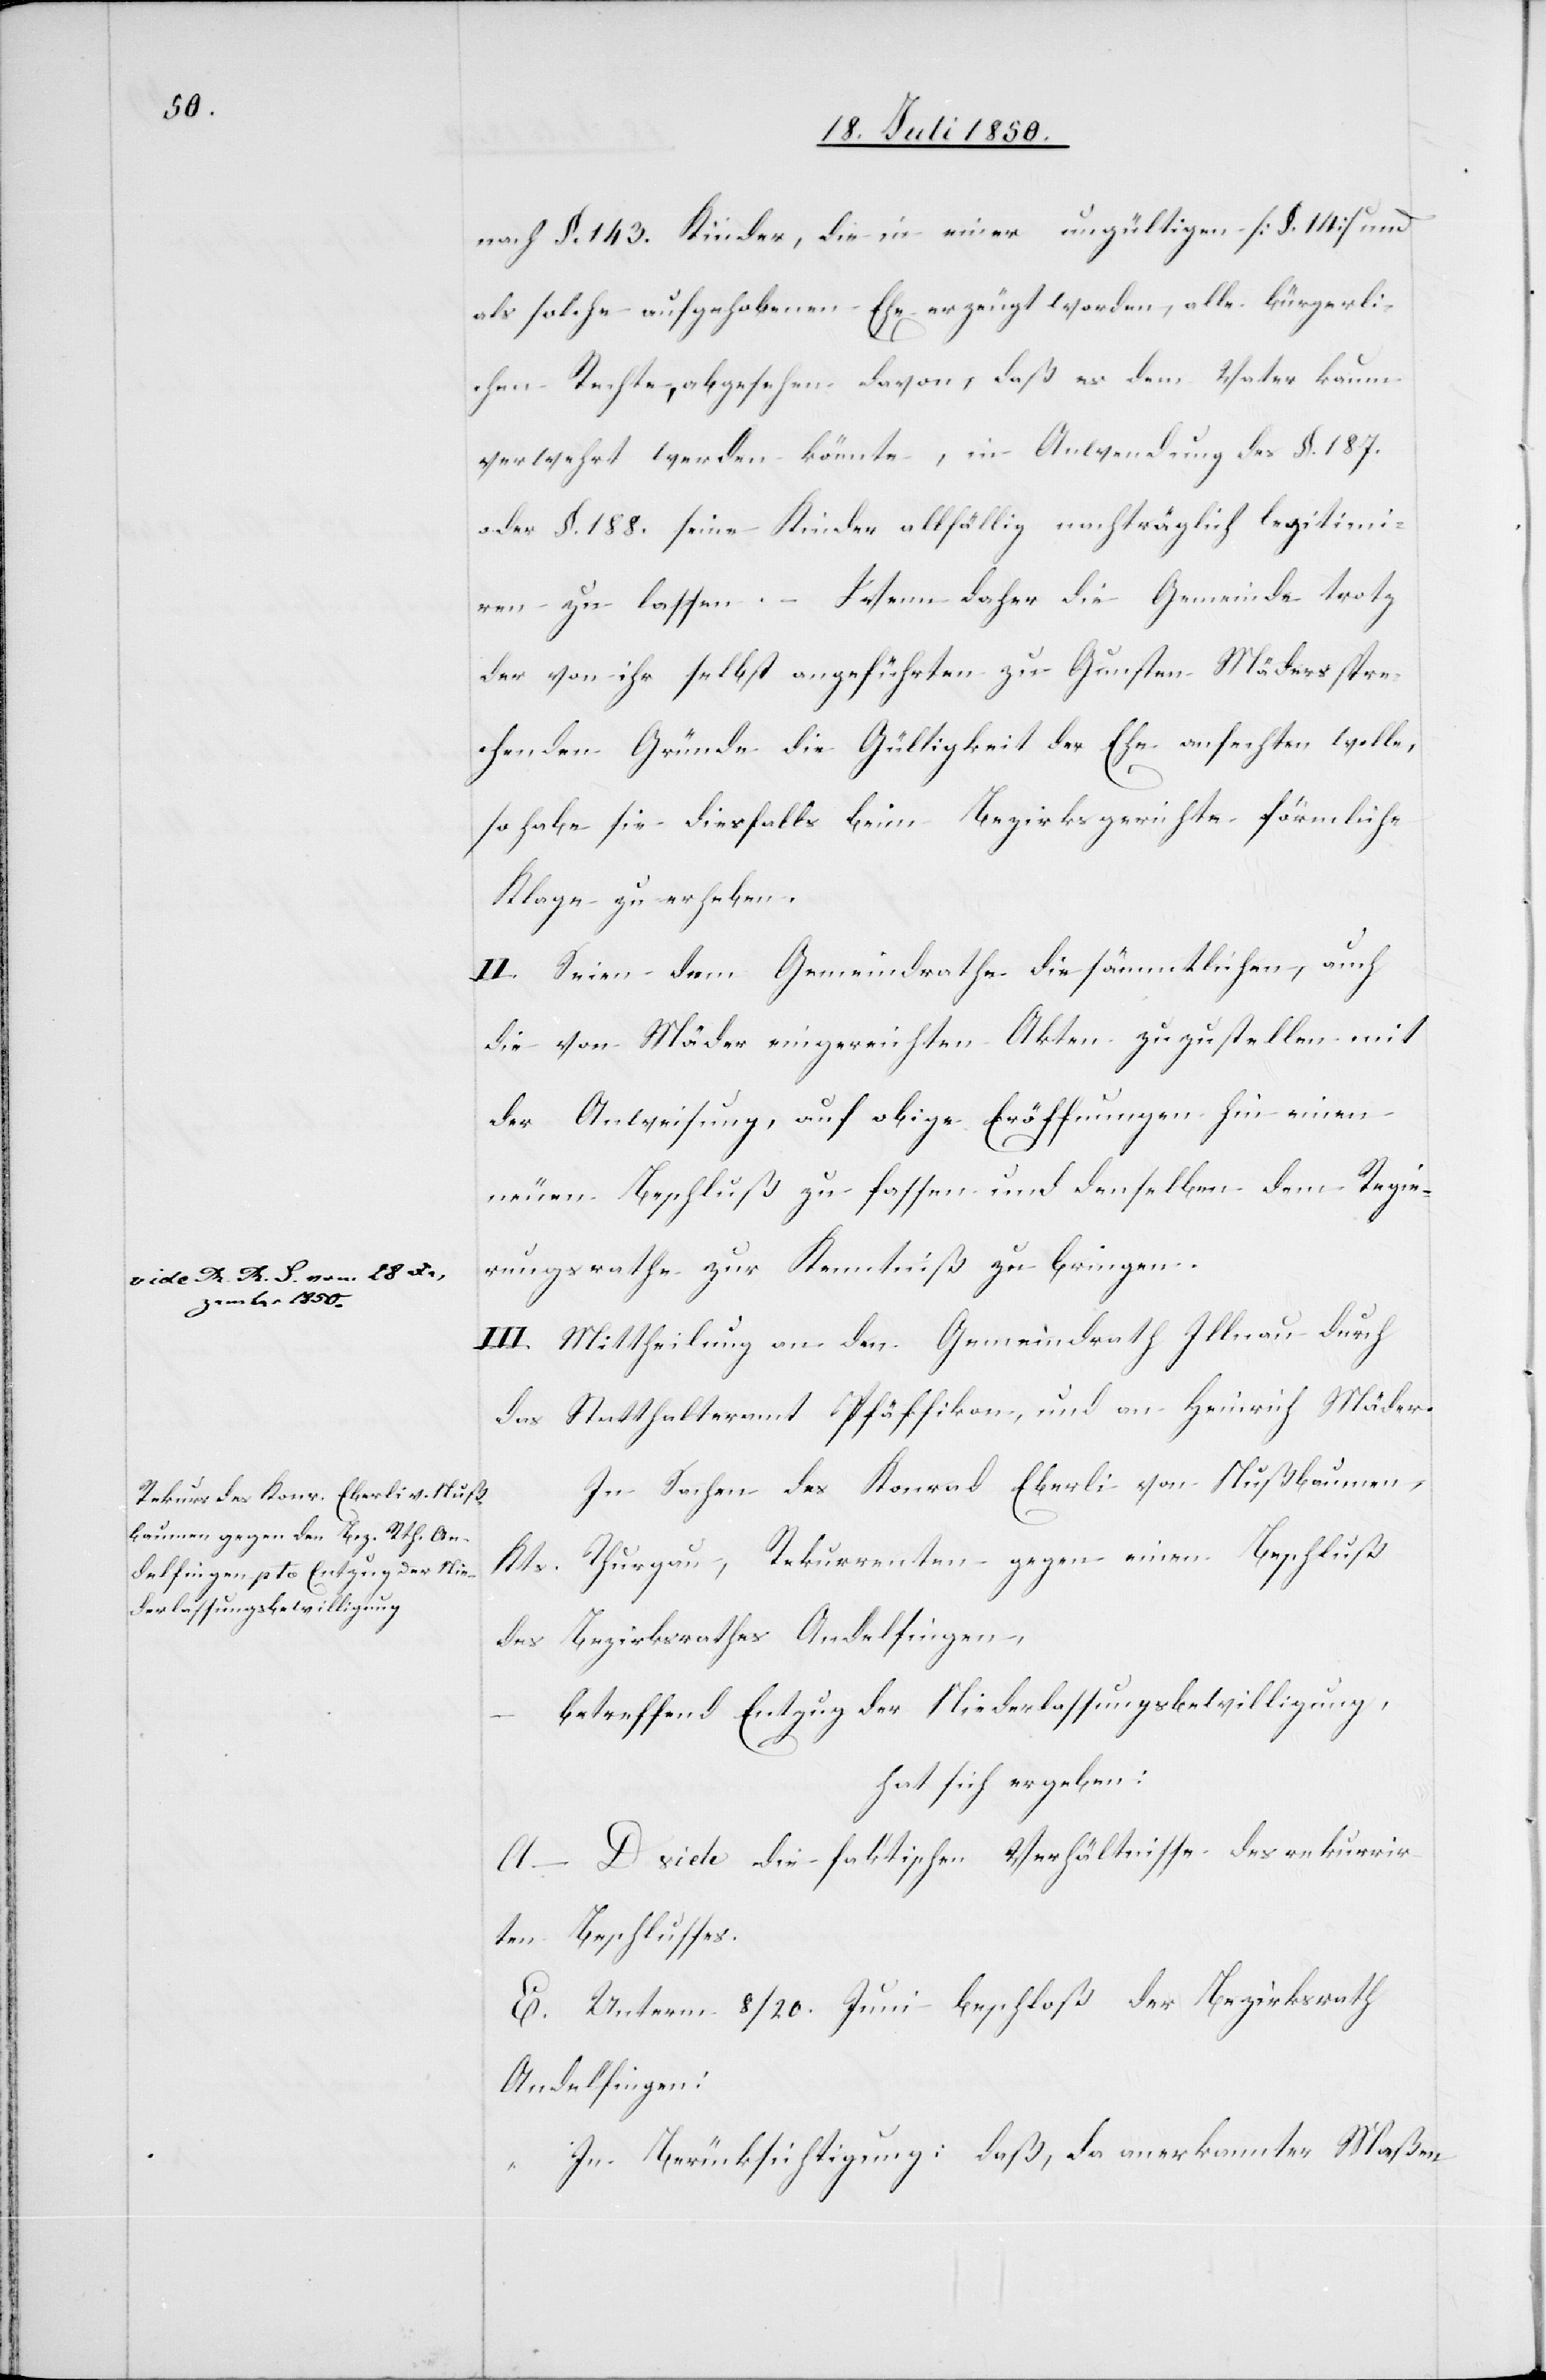
a-vide R. R. S vom 28
Dezember 1850.-a

nach §. 143. Kinder, die in einer ungültigen [§. 14] und
als solche aufgehobenen Ehe erzeugt worden, alle bürgerli¬
chen Rechte, abgesehen davon, daß es dem Vater kaum
verwehrt werden könnte, in Anwendung des §. 187.
oder §. 188. seine Kinder allfällig nachträglich legitimi¬
ren zu lassen. – Wenn daher die Gemeinde trotz
der von ihr selbst angeführten zu Gunsten Mäders spre¬
chenden Gründe die Gültigkeit der Ehe anfechten wolle,
so habe sie diesfalls beim Bezirksgerichte förmliche
Klage zu erheben.
II. Seien dem Gemeindrathe die sämmtlichen, auch
die von Mäder eingereichten Akten zuzustellen mit
der Anweisung, auf obige Eröffnungen hin einen
neuen Beschluß zu fassen und denselben dem Regie¬
rungsrathe zur Kenntniß zu bringen.
III. Mittheilung an den Gemeindrath Illnau durch
das Statthalteramt Pfäffikon, und an Heinrich Mäder.
In Sachen des Konrad Eberli von Nußbaumen,
Kts. Thurgau, Rekurrenten gegen einen Beschluß
des Bezirksrathes Andelfingen,
betreffend Entzug der Niederlassungsbewilligung,
hat sich ergeben:
A–D. vide die faktischen Verhältnisse des rekurrir¬
ten Beschlusses.
E. Unterm 8/20. Juni beschloß der Bezirksrath
Andelfingen:
„In Berücksichtigung: daß, da anerkannter Maßen